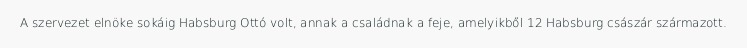
A szervezet elnöke sokáig Habsburg Ottó volt, annak a családnak a feje, amelyikből 12 Habsburg császár származott.